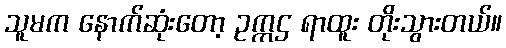
သူမက နောက်ဆုံးတော့ ဥက္ကဌ ရာထူး တိုးသွားတယ်။